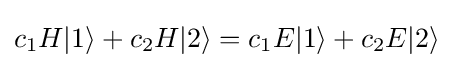
c_{1}H|1\rangle +c_{2}H|2\rangle =c_{1}E|1\rangle +c_{2}E|2\rangle